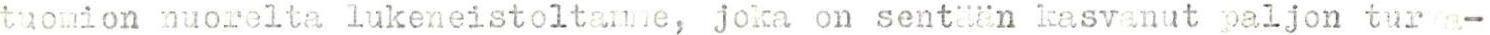
tuomion nuorelta lukeneistoltanne, joka on sentään kasvanut paljon turva-